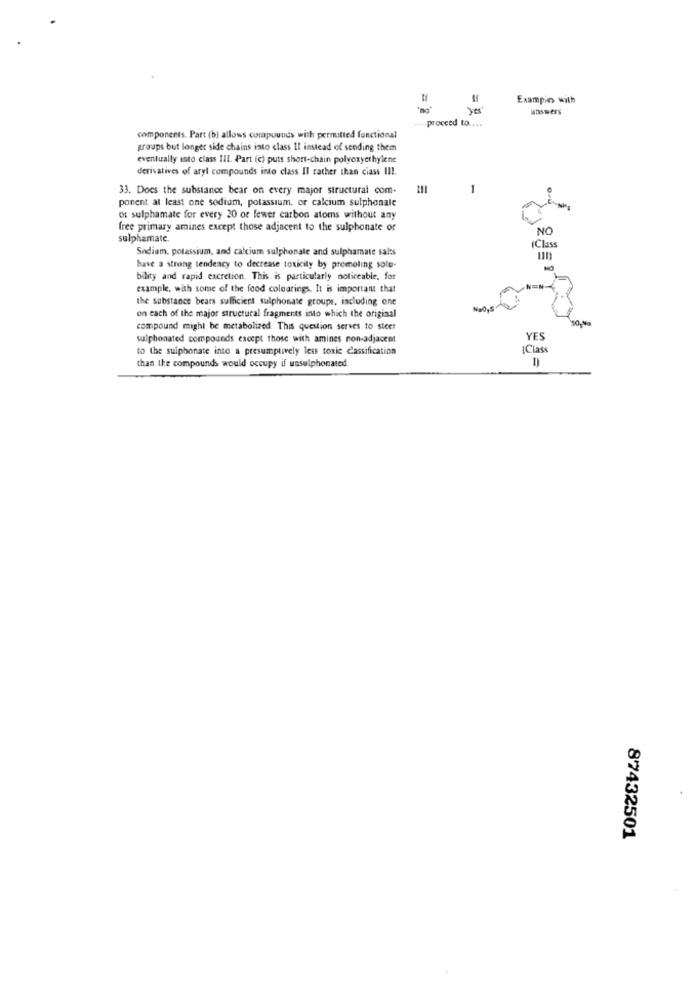
Examples with
answers
.... proceed to ....
components. Part (b) allows compounds with permitted functional
groups but longer side chains into class Il instead of sending them
eventually into class III. Part (c) puts short-chain polyoxyethylene
derivatives of aryl compounds into class Il rather than ciass III.
33. Does the substance bear on every major structural com-
-
ponent at least one sodium, potassium, or calcium sulphonale
of sulphamate for every 20 or fewer carbon atoms without any
free primary amines except those adjacent to the sulphonate or
NO
sulphamatc.
Class
Sodium, potassium, and calcium sulphonale and sulphamate sales
un
have a strong tendency to decrease toxicity by promoting sole.
bility and rapid excretion. This is particularly noticeable. for
example, with some of the food colourings. It is important that
the substance bears sufficient sulphonate groups, including one
on each of the major structural fragments into which the original
compound might be metabolized. This question serves to steer
sulphonated compounds except those with amines non-adjacent
YES
to the suiphonate into a presumptively less toxie classification
{Clas
than the compounds would occupy if ussulphonated
87432501